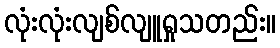
လုံးလုံးလျစ်လျူရှုသတည်း။